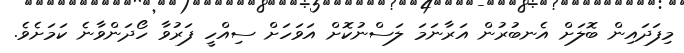
މިފަދައިން ބޮލަށް އެނބުރުން އަރާނަމަ ލަސްނުކޮށް އަވަހަށް ސިއްހީ ފަރުވާ ހޯދަންވާނެ ކަމަށެވެ.